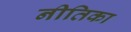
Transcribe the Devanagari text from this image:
नीतिका